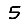
Digit: 5